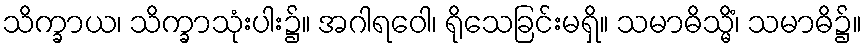
သိက္ခာယ၊ သိက္ခာသုံးပါး၌။ အဂါရဝေါ၊ ရိုသေခြင်းမရှိ။ သမာဓိသ္မိံ၊ သမာဓိ၌။